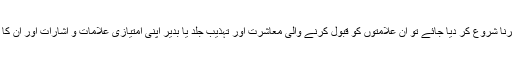
اگر غالب تہذیب کے ان علامتی اظہاریوں کو بلا سوچے سمجھے اپنانا یا اختیار کرنا شروع کر دیا جائے تو ان علامتوں کو قبول کرنے والی معاشرت اور تہذیب جلد یا بدیر اپنی امتیازی علامات و اشارات اور ان کا فہم ترک کر کے غالب تہذیب کے علاماتی سانچوں میں خود کو ڈھالنے لگتی ہے۔